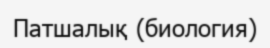
Патшалық (биология)